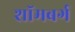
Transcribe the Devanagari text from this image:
शॉमबर्ग